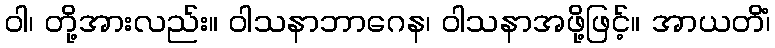
ဝါ၊ တို့အားလည်း။ ဝါသနာဘာဂေန၊ ဝါသနာအဖို့ဖြင့်။ အာယတိံ၊